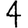
Digit: 4